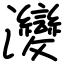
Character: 𤅶